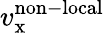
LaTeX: v_{\mathrm{x}}^{\mathrm{non-local}}